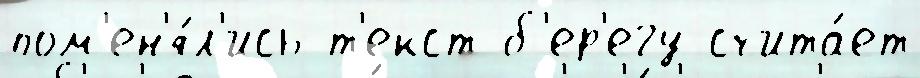
пом'ен'я́л'ись т'екст б'ер'егу счита́ет